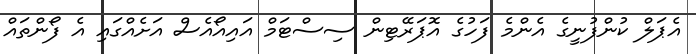
އެޕަލް ކުންފުނީގެ އެންމެ ފަހުގެ އޮޕަރޭޓިން ސިސްޓަމް އައިއޯއެސް އަށެއްގައި އެ ފޯންތައް